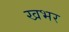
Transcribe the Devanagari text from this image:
खभर